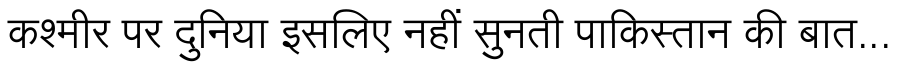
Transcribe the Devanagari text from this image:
कश्मीर पर दुनिया इसलिए नहीं सुनती पाकिस्तान की बात...